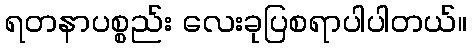
ရတနာပစ္စည်း လေးခုပြစရာပါပါတယ်။